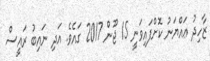
ޒާހިދު ޢައްޔަނު ކޮށްފައިވަނީ 15 ޖޫން 2017 ގައެވެ. އަދި ނައިބު ރައީސް